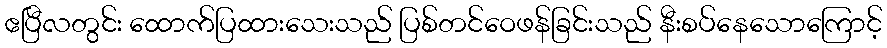
ဧပြီလတွင်း ထောက်ပြထားသေးသည် ပြစ်တင်ဝေဖန်ခြင်းသည် နီးစပ်နေသောကြောင့်